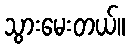
သွားမေးတယ်။